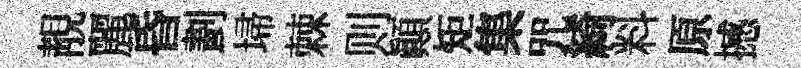
靚麗昏劃埽棘则顚矩集咒綺料原撼